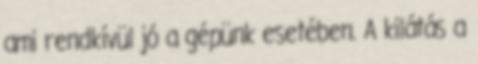
ami rendkívül jó a gépünk esetében. A kilátás a